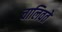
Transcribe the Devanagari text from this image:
चालिवते